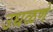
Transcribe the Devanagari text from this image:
उधळणे